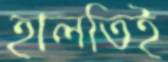
হালতিই